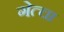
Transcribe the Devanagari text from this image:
गेत्चा